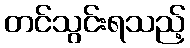
တင်သွင်းရသည့်